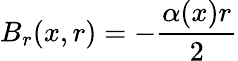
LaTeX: B_{r}(x,r)=-\frac{\alpha(x)r}{2}